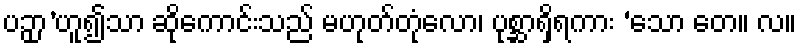
ပဉှာ’ဟူ၍သာ ဆိုကောင်းသည် မဟုတ်တုံလော၊ ပုစ္ဆာရှိရကား ‘သော တေ။ လ။